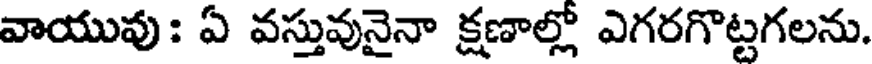
వాయువు : ఏ వస్తువునైనా క్షణాల్లో ఎగరగొట్టగలను.